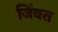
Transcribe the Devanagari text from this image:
जिंवत